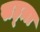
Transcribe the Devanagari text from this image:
सह्य़ा